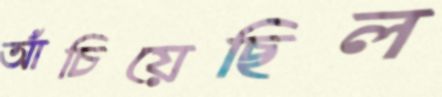
আঁচিয়েছিল